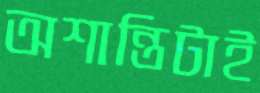
অশান্তিটাই